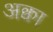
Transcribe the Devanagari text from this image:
अक्वा